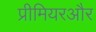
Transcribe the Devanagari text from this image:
प्रीमियरऔर